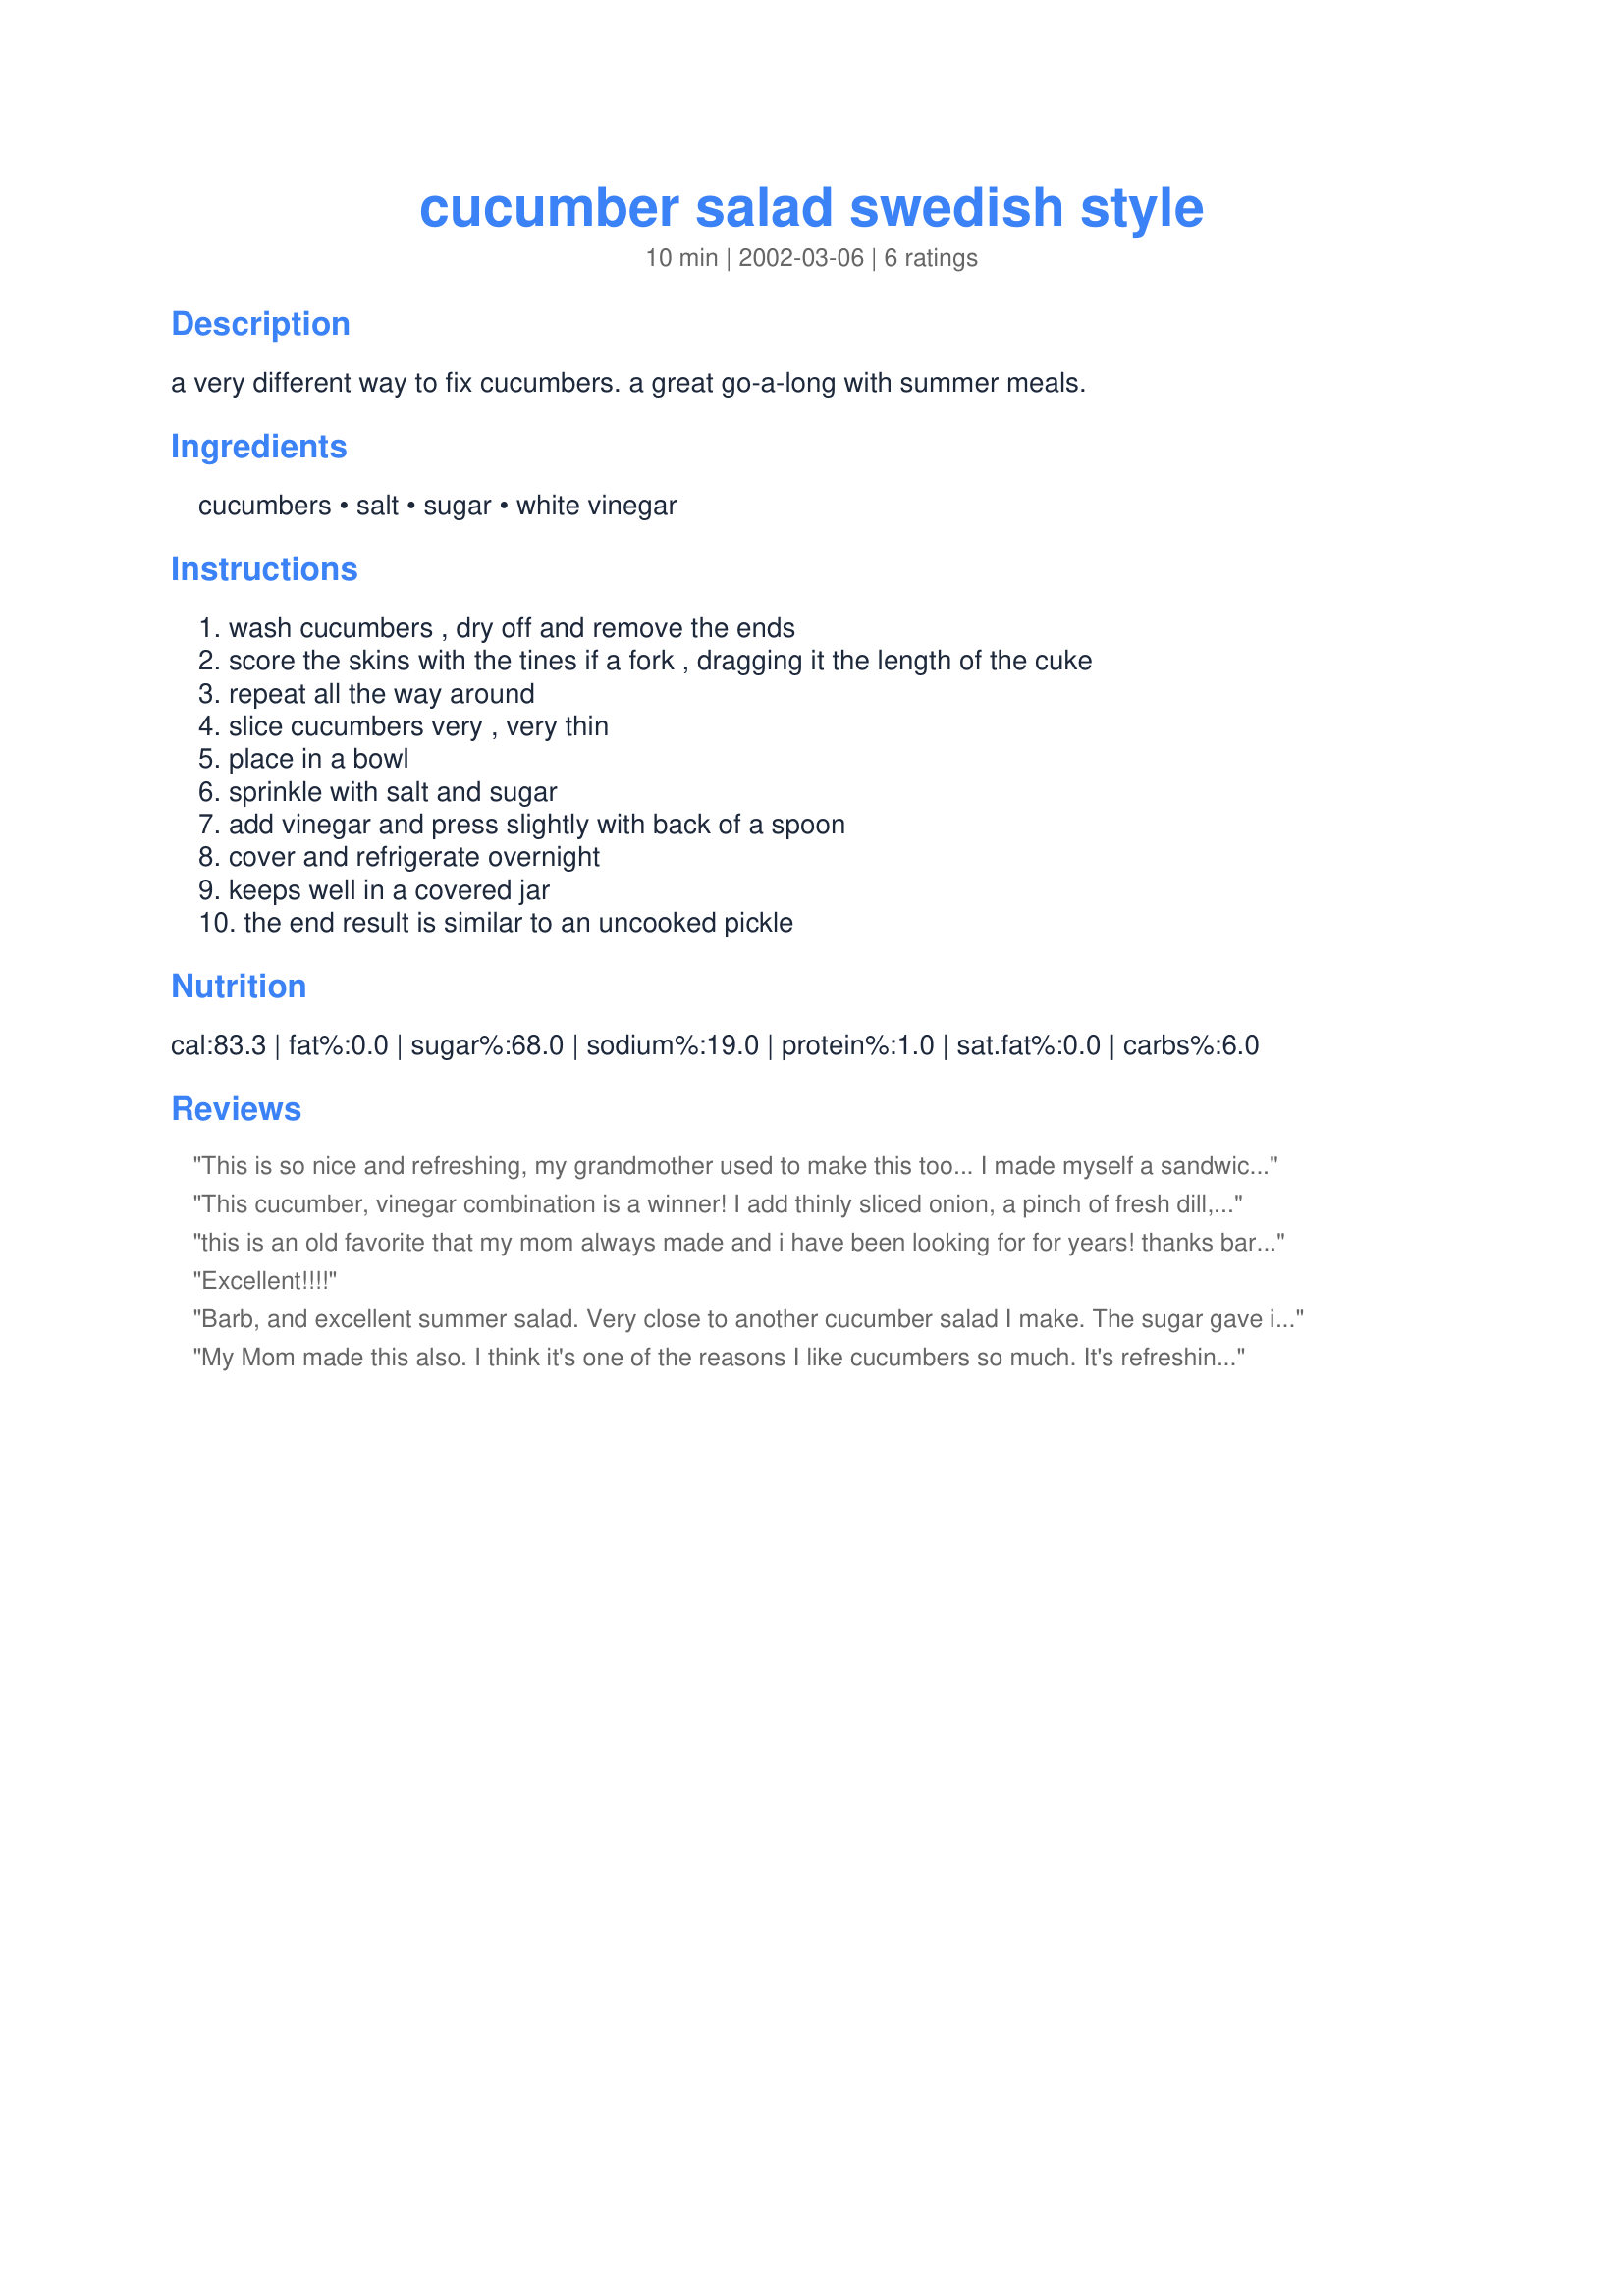
cucumber salad swedish style
Preparation time: 10 minutes

a very different way to fix cucumbers. a great go-a-long with summer meals.

Ingredients:
cucumbers, salt, sugar, white vinegar

Steps:
wash cucumbers , dry off and remove the ends, score the skins with the tines if a fork , dragging it the length of the cuke, repeat all the way around, slice cucumbers very , very thin, place in a bowl, sprinkle with salt and sugar, add vinegar and press slightly with back of a spoon, cover and refrigerate overnight, keeps well in a covered jar, the end result is similar to an uncooked pickle

Reviews:
This is so nice and refreshing, my grandmother used to make this too... I made myself a sandwich using dark rye bread, lots of cucumber slices and black pepper, mmmmmmm yummy!
This cucumber, vinegar combination is a winner! I add thinly sliced onion, a pinch of fresh dill, and fresh ground pepper. The vinegar juice that is left over, I either reuse, (if a day or so old) or throw a pickle in it. Yummy! Thanks for posting Iron Bloomers!
this is an old favorite that my mom always made and i have been looking for for years! thanks barb it's THE one! we add thin sliced red onions and garden tomatoes from time to time. try this you won't be disapointed!
 Excellent!!!!
Barb, and excellent summer salad. Very close to another cucumber salad I make. The sugar gave it a new dimension to the one I make with just plain vinegar and water. This was easy to make ahead and keep in the refrigerator overnight. Save the vinegar and keep those cucumbers in there all summer long. Thanks for posting this keeper.
My Mom made this also. I think it's one of the reasons I like cucumbers so much. It's refreshing and because of the sugar is not sour. Really perks up your mouth with a nice tang.
